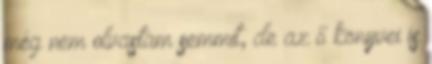
még nem olvastam semmit, de az ő könyvei is